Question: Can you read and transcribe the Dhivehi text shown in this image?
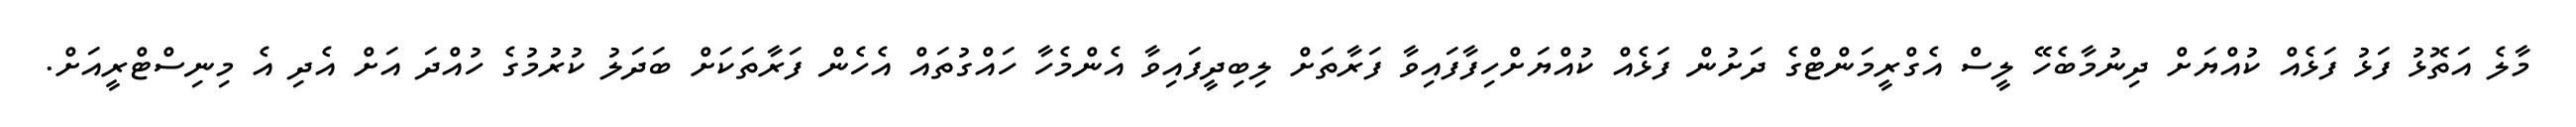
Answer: މާލެ އަތޮޅު ފަޅު ފަޅެއް ކުއްޔަށް ދިނުމާބެހޭ ލީސް އެގްރީމަންޓްގެ ދަށުން ފަޅެއް ކުއްޔަށްހިފާފައިވާ ފަރާތަށް ލިބިދީފައިވާ އެންމެހާ ހައްގުތައް އެހެން ފަރާތަކަށް ބަދަލު ކުރުމުގެ ހުއްދަ އަށް އެދި އެ މިނިސްޓްރީއަށް.